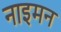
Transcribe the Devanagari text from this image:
नाइमन